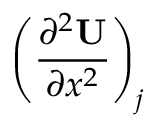
\left( \frac { \partial ^ { 2 } \mathbf { U } } { \partial x ^ { 2 } } \right) _ { j }